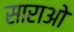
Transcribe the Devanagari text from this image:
साराओ